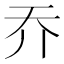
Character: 𡗤